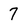
Character: 7